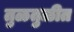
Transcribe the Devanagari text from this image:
तुळतुळीत